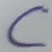
Text: C